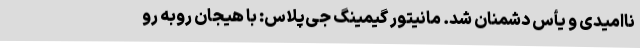
ناامیدی و یأس دشمنان شد. مانیتور گیمینگ جی‌پلاس: با هیجان روبه رو